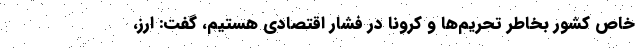
خاص کشور بخاطر تحریم‌ها و کرونا در فشار اقتصادی هستیم، گفت: ارز،